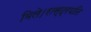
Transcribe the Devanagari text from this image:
मिले।रास्ट्रपति